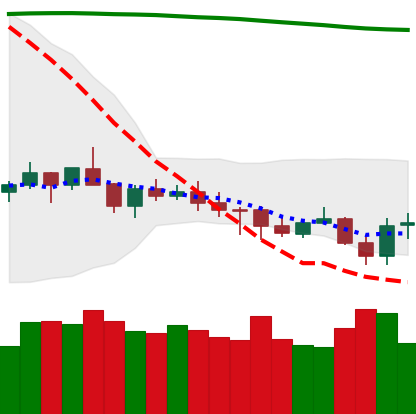
Ticker: XMR-USD
Chart end date: 2021-07-22
Forward return: 14.405%
Label: up_7plus